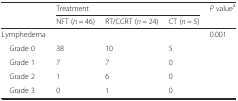
<table><thead><tr><td></td><td colspan="3"><b>Treatment</b></td><td><b><i>P</i> value<sup>a</sup></b></td></tr><tr><td></td><td><b>NFT (<i>n</i> = 46)</b></td><td><b>RT/CCRT (<i>n</i> = 24)</b></td><td><b>CT (<i>n</i> = 5)</b></td><td></td></tr></thead><tbody><tr><td>Lymphedema</td><td></td><td></td><td></td><td>0.001</td></tr><tr><td> Grade 0</td><td>38</td><td>10</td><td>5</td><td></td></tr><tr><td> Grade 1</td><td>7</td><td>7</td><td>0</td><td></td></tr><tr><td> Grade 2</td><td>1</td><td>6</td><td>0</td><td></td></tr><tr><td> Grade 3</td><td>0</td><td>1</td><td>0</td><td></td></tr></tbody></table>